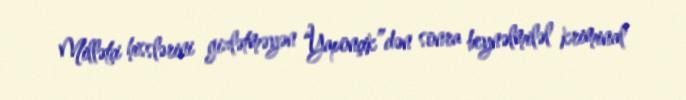
Millətçi hisslərini gizlətməyən “Yaponçik”dən sonra beynəlmiləl kriminal